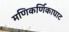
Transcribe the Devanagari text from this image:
मणिकर्णिकाघाट